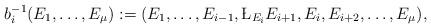
LaTeX: \begin{align*}b^{-1}_{i}(E_{1},\dots, E_{\mu}):=(E_{1}, \dots, E_{i-1}, \L_{E_{i}}E_{i+1}, E_{i}, E_{i+2},\dots, E_{\mu}),\end{align*}